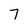
Character: 7